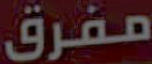
مفرق